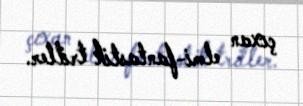
çıxan elmi-fantastik triller.